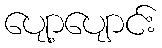
ပျော့ပျောင်း